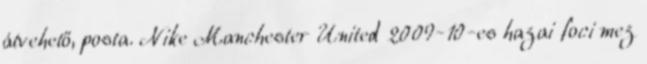
átvehető, posta. Nike Manchester United 2009-10-es hazai foci mez